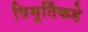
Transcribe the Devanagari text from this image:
त्रिमूर्तिंकडे